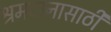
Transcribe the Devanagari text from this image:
श्रमदानासाठी